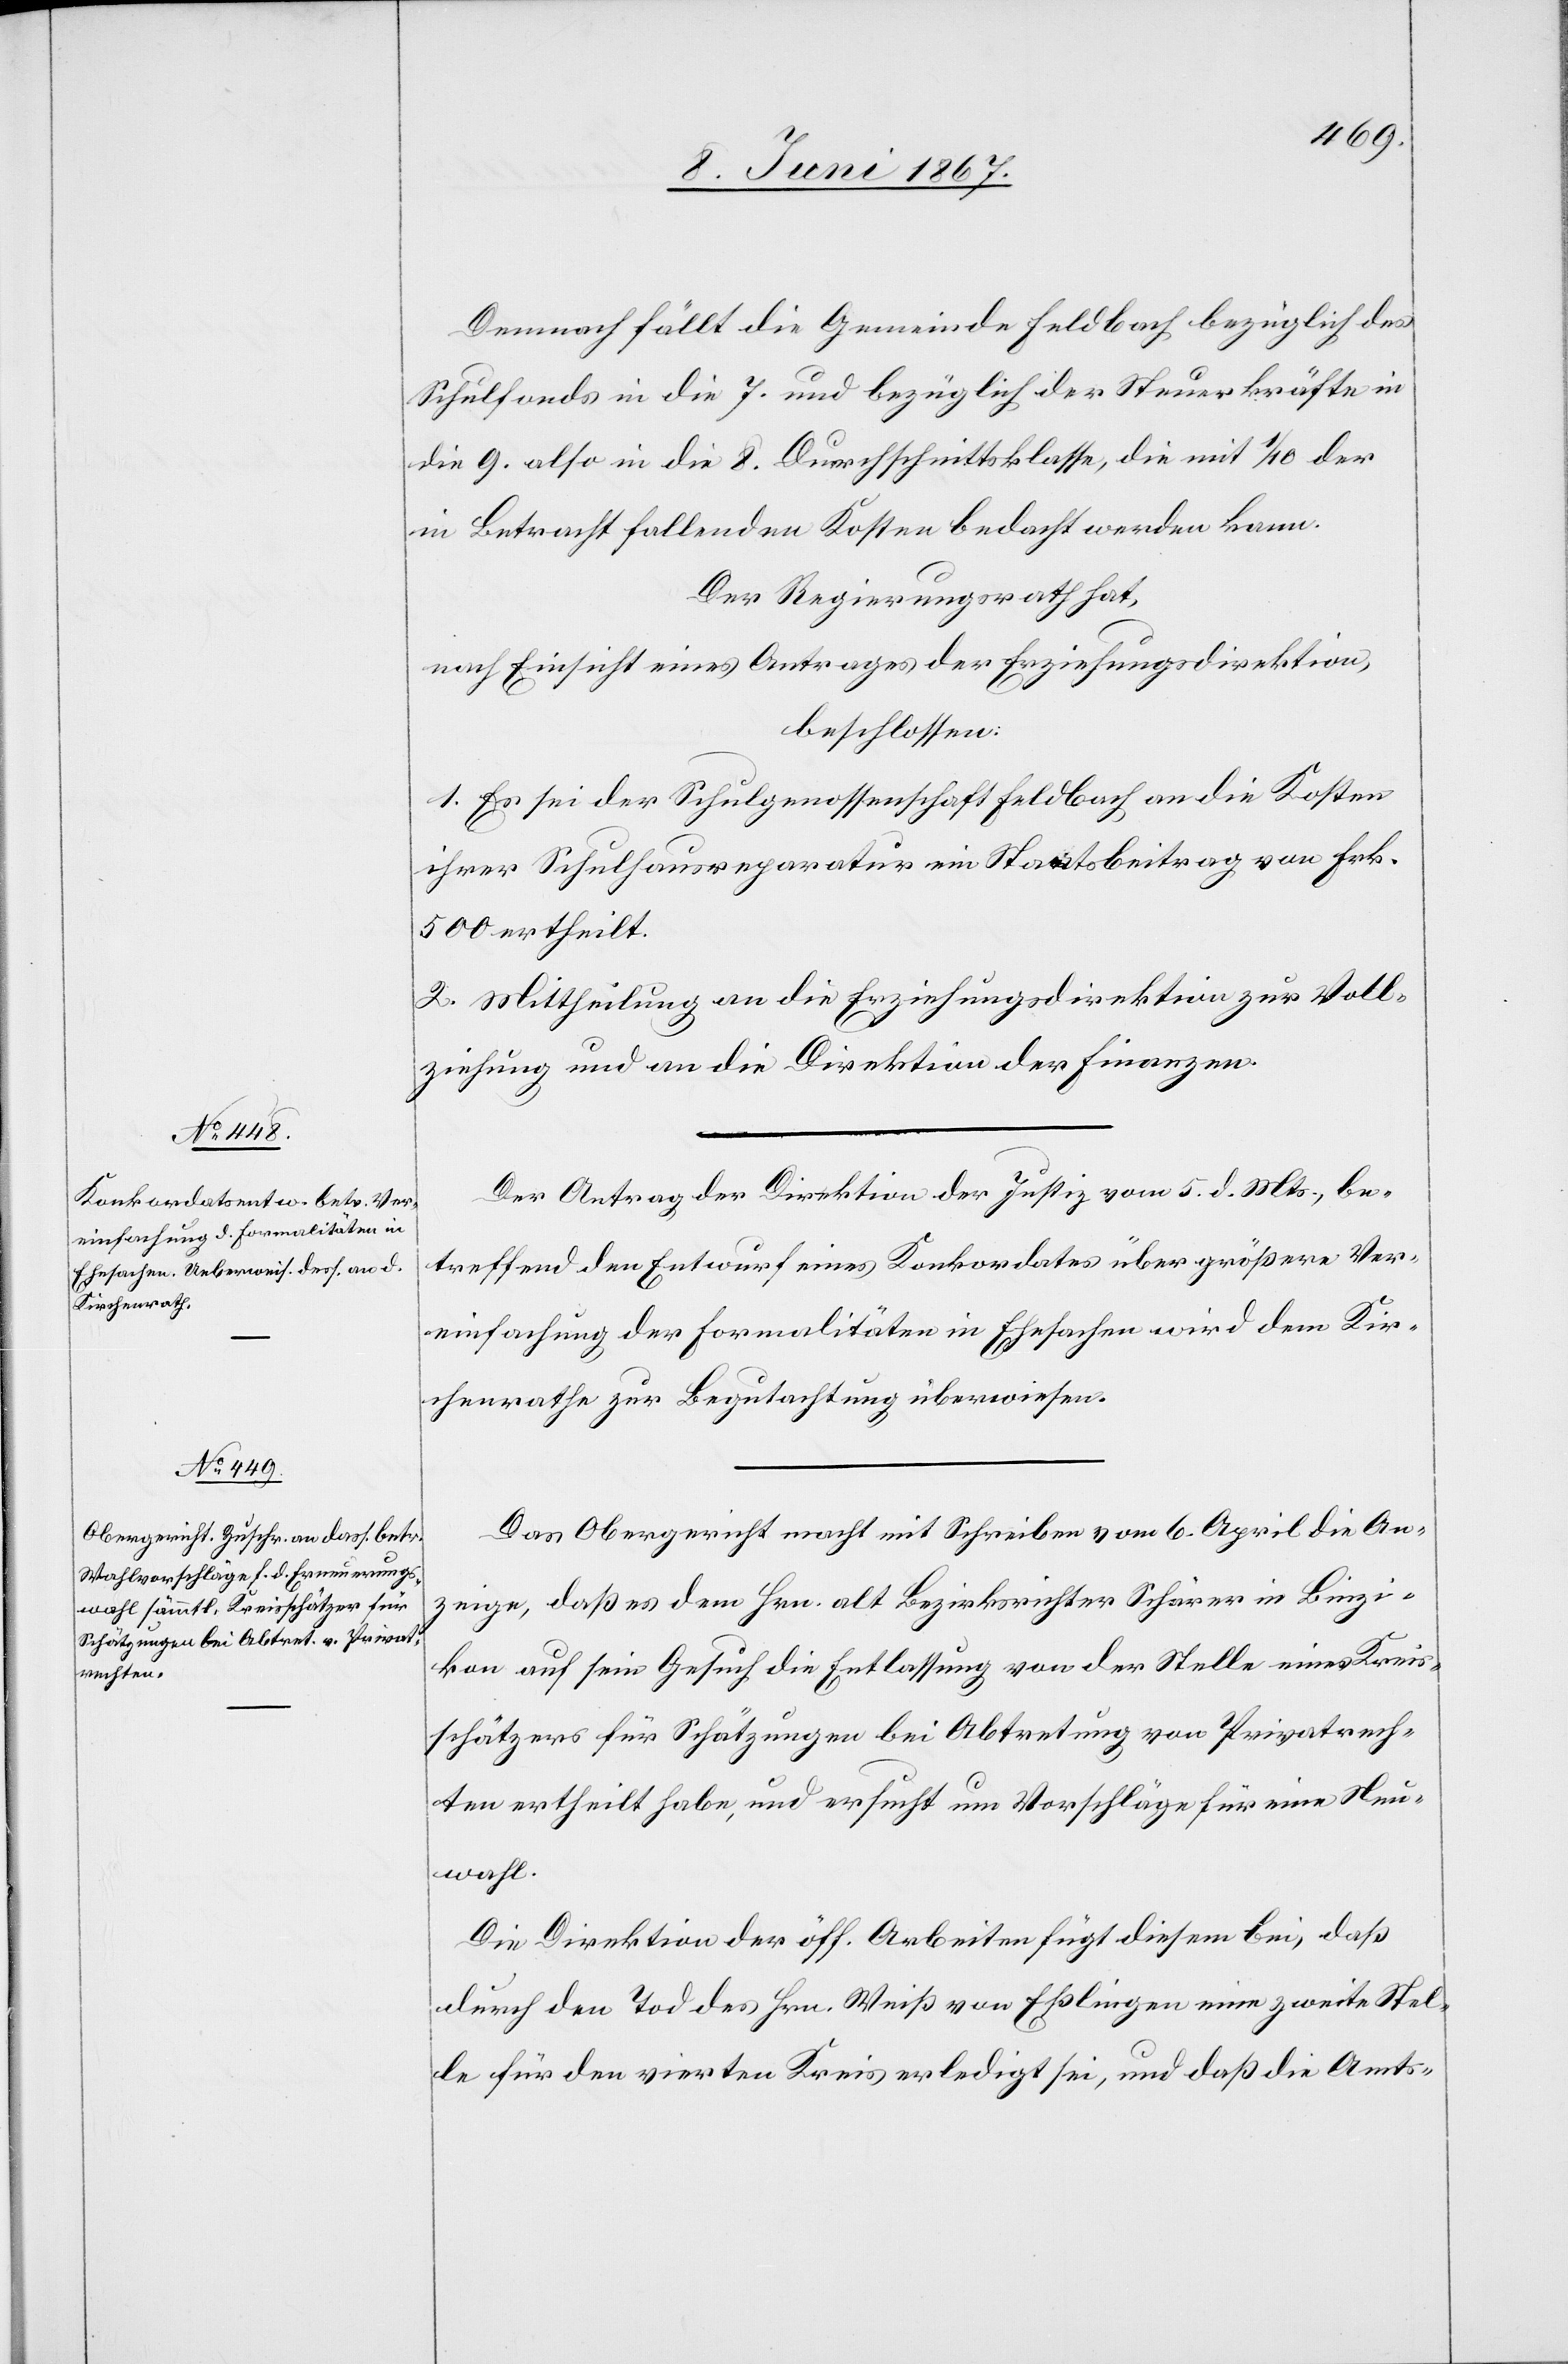
Demnach fällt die Gemeinde Feldbach bezüglich des
Schulfonds in die 7. und bezüglich der Steuerkräfte in
die 9. also in die 8. Durchschnittsklasse, die mit 1/10 der
in Betracht fallenden Kosten bedacht werden kann.
Der Regierungsrath hat,
nach Einsicht eines Antrages der Erziehungsdirektion,
beschlossen:
1. Es sei der Schulgenossenschaft Feldbach an die Kosten
ihrer Schulhausreparatur ein Staatsbeitrag von Frk.
500 ertheilt.
2. Mittheilung an die Erziehungsdirektion zur Voll¬
ziehung und an die Direktion der Finanzen.
Der Antrag der Direktion der Justiz vom 5. d. Mts., be¬
treffend den Entwurf eines Konkordates über größere Ver¬
einfachung der Formalitäten in Ehesachen wird dem Kir¬
chenrathe zur Begutachtung überwiesen.
Das Obergericht macht mit Schreiben vom 6. April die An¬
zeige, daß es dem Hrn. alt Bezirksrichter Schärer in Binzi¬
kon auf sein Gesuch die Entlassung von der Stelle eines Kreis¬
schätzers für Schätzungen bei Abtretung von Privatrech¬
ten ertheilt habe, und ersucht um Vorschläge für eine Neu¬
wahl.
Die Direktion der öff. Arbeiten fügt diesem bei, daß
durch den Tod des Hrn. Weiß von Eßlingen eine zweite Stel¬
le für den vierten Kreis erledigt sei, und daß die Amts-